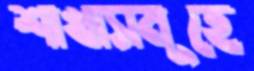
শাখাসমূহে